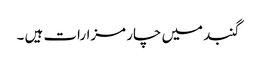
گنبد میں چار مزارات ہیں ۔